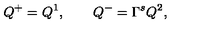
Q ^ { + } = Q ^ { 1 } , \qquad Q ^ { - } = \Gamma ^ { s } Q ^ { 2 } ,